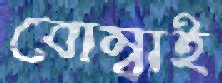
বোম্বাই